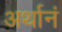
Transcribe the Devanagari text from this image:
अर्थानं